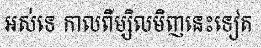
អស់ទេ កាលពីម្សិលមិញនេះទៀត